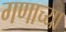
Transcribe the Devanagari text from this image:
गणाच्या